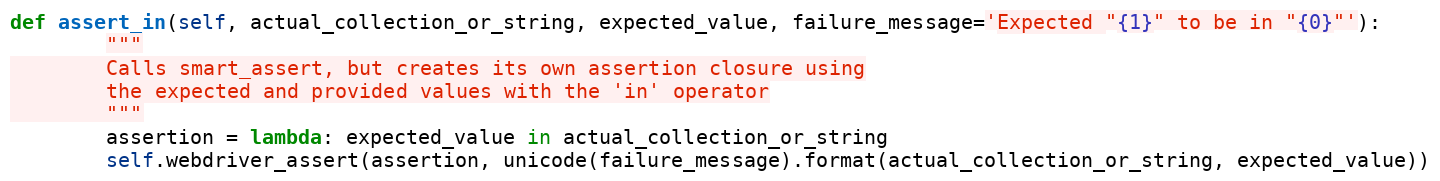
Language: Python
def assert_in(self, actual_collection_or_string, expected_value, failure_message='Expected "{1}" to be in "{0}"'):
        """
        Calls smart_assert, but creates its own assertion closure using
        the expected and provided values with the 'in' operator
        """
        assertion = lambda: expected_value in actual_collection_or_string
        self.webdriver_assert(assertion, unicode(failure_message).format(actual_collection_or_string, expected_value))